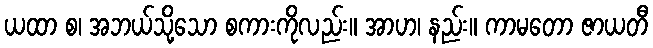
ယထာ စ၊ အဘယ်သို့သော စကားကိုလည်း။ အာဟ၊ နည်း။ ကာမတော ဇာယတီ